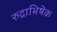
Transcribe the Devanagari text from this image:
रुद्राभिषॆक